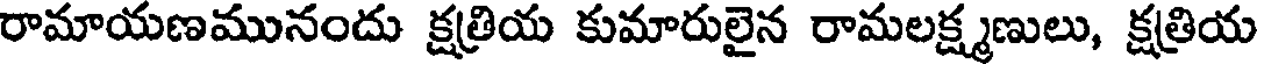
రామాయణమునందు క్షత్రియ కుమారులైన రామలక్ష్మణులు, క్షత్రియ